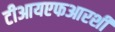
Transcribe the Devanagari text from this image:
टीआयएफआरशी